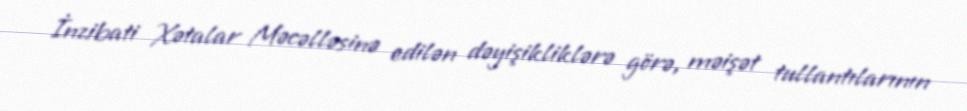
İnzibati Xətalar Məcəlləsinə edilən dəyişikliklərə görə, məişət tullantılarının